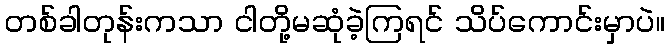
တစ်ခါတုန်းကသာ ငါတို့မဆုံခဲ့ကြရင် သိပ်ကောင်းမှာပဲ။